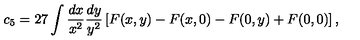
c _ { 5 } = 2 7 \int \frac { d x } { x ^ { 2 } } \frac { d y } { y ^ { 2 } } \left[ F ( x , y ) - F ( x , 0 ) - F ( 0 , y ) + F ( 0 , 0 ) \right] ,